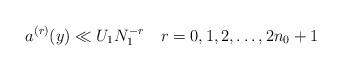
LaTeX: \begin{align*} a^{(r)}(y) \ll U_1 N_1^{-r}~~ ~r = 0, 1, 2, \ldots, 2n_0 +1\end{align*}